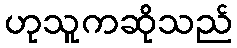
ဟုသူကဆိုသည်